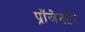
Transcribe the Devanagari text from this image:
प्रॉजेक्टर